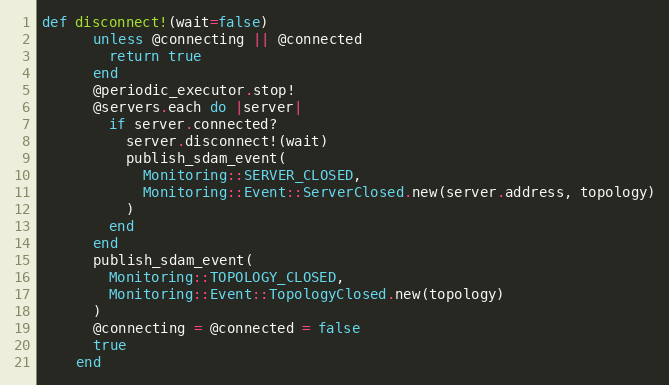
Language: Ruby
def disconnect!(wait=false)
      unless @connecting || @connected
        return true
      end
      @periodic_executor.stop!
      @servers.each do |server|
        if server.connected?
          server.disconnect!(wait)
          publish_sdam_event(
            Monitoring::SERVER_CLOSED,
            Monitoring::Event::ServerClosed.new(server.address, topology)
          )
        end
      end
      publish_sdam_event(
        Monitoring::TOPOLOGY_CLOSED,
        Monitoring::Event::TopologyClosed.new(topology)
      )
      @connecting = @connected = false
      true
    end